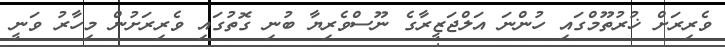
ވެރިރަށް ޚުރުތޫމްގައި ހުންނަ އަލްޖަޒީރާގެ ނޫސްވެރިޔާ ބުނި ގޮތުގައި ވެރިރަށުން މިހާރު ވަނީ